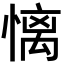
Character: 𢟢